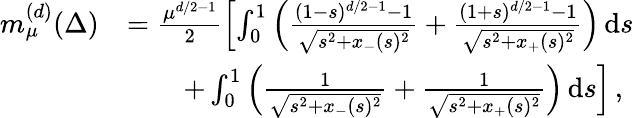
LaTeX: \begin{array}{rl}{m_{\mu}^{(d)}(\Delta)}&{=\frac{\mu^{d/2-1}}{2}\left[\int_{0}^{1}\left(\frac{(1-s)^{d/2-1}-1}{\sqrt{s^{2}+x_{-}(s)^{2}}}+\frac{(1+s)^{d/2-1}-1}{\sqrt{s^{2}+x_{+}(s)^{2}}}\right)\, \textnormal{d}s\right.}\\ &{\qquad\left.+\int_{0}^{1}\left(\frac{1}{\sqrt{s^{2}+x_{-}(s)^{2}}}+\frac{1}{\sqrt{s^{2}+x_{+}(s)^{2}}}\right)\, \textnormal{d}s\right]\, ,}\end{array}